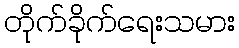
တိုက်ခိုက်ရေးသမား